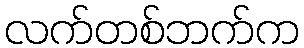
လက်တစ်ဘက်က